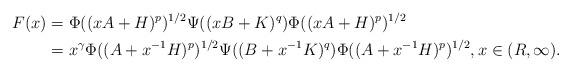
LaTeX: \begin{align*}F(x)&=\Phi((xA+H)^p)^{1/2}\Psi((xB+K)^q)\Phi((xA+H)^p)^{1/2} \\&=x^\gamma\Phi((A+x^{-1}H)^p)^{1/2}\Psi((B+x^{-1}K)^q)\Phi((A+x^{-1}H)^p)^{1/2},x\in(R,\infty).\end{align*}